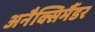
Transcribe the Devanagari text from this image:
अनैक्सिमैंडर